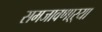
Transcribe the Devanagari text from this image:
समजावणाऱ्या